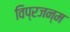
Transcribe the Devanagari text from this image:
विप्रजन्म